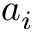
a _ { i }